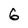
Character: 6